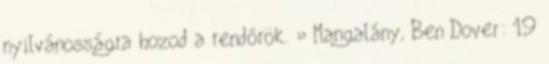
nyilvánosságra hozod a rendőrök. » Mangalány, Ben Dover: 19